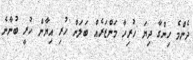
ދެންމެ ހިންގާ ދިޔަ ހުރިހާ މަންޒަރެއް ބަލަން ހުރި އިޔާން ހުރީ ބުނާނެ